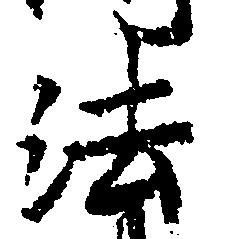
法